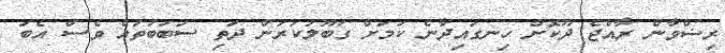
ރިޟްވާން ރާއްޖެ ދޫކޮށް ހިނގައިދާނެ ކަމަށް ގަބޫލުކުރަން ދަތި ސަބަބުތައް ވެސް އެބަ